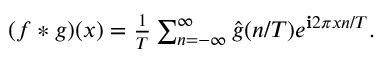
\begin{array} { r } { ( f * g ) ( x ) = \frac { 1 } { T } \sum _ { n = - \infty } ^ { \infty } \hat { g } ( n / T ) e ^ { \mathbf { i } 2 \pi x n / T } . } \end{array}